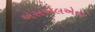
એસએલએના